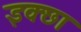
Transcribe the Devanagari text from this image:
इक्छा